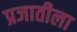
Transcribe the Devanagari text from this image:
प्रजातीला